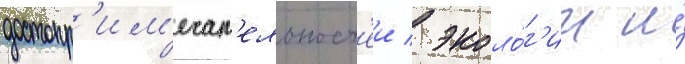
достопр'им'ечат'ельност'еи / эколо́г'ии и́